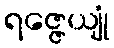
ရဇ္ဇေယျုံ